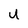
Character: U